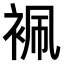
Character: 𧙱